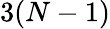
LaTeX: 3(N-1)